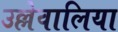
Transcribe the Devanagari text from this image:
उल्लेवालिया